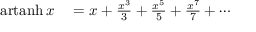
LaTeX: \begin{array} { r l } { \operatorname { a r t a n h } x } & { { } = x + { \frac { x ^ { 3 } } { 3 } } + { \frac { x ^ { 5 } } { 5 } } + { \frac { x ^ { 7 } } { 7 } } + \cdots } \end{array}